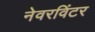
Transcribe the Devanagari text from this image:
नेवरविंटर